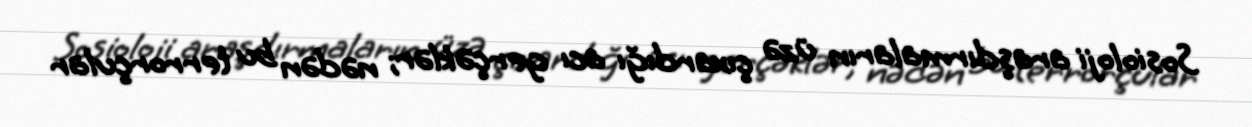
Sosioloji araşdırmaların üzə çıxardığı acı gerçəklər; nədən bu terrorçular